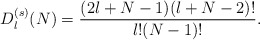
\begin{align*}D^{(s)}_{l}(N)=\frac{(2l+N-1)(l+N-2)!}{l!(N-1)!}.\end{align*}